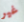
غير